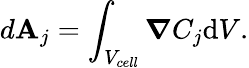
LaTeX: d\mathbf{A}_{j}=\int_{V_{cell}}\boldsymbol{\nabla}C_{j}\mathrm{{d}}V.